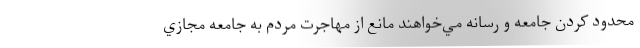
محدود كردن جامعه و رسانه مي‌خواهند مانع از مهاجرت مردم به جامعه مجازي